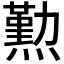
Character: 𤐂